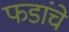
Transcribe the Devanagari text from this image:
फडांचे